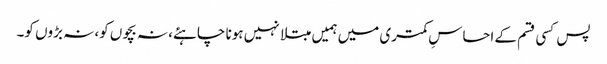
پس کسی قسم کے احساسِ کمتری میں ہمیں مبتلا نہیں ہونا چاہئے، نہ بچوں کو، نہ بڑوں کو۔